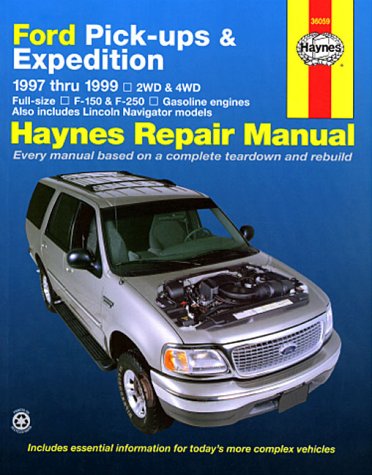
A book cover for Haynes Repair Manual: Ford Pick-ups & Expedition 1997 thru 1999 (Haynes); Jay Storer; Engineering & Transportation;